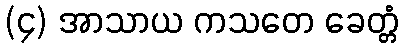
(၄) အာသာယ ကသတေ ခေတ္တံ